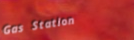
Gas Station